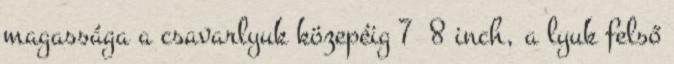
magassága a csavarlyuk közepéig 7 8 inch, a lyuk felső